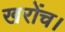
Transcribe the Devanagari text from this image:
खरोंच।